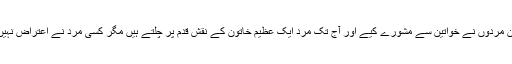
مسلان مردوں نے خواتین سے مشورے کیے اور آج تک مرد ایک عظیم خاتون کے نقش قدم پر چلتے ہیں مگر کسی مرد نے اعتراض نہیں کیا۔